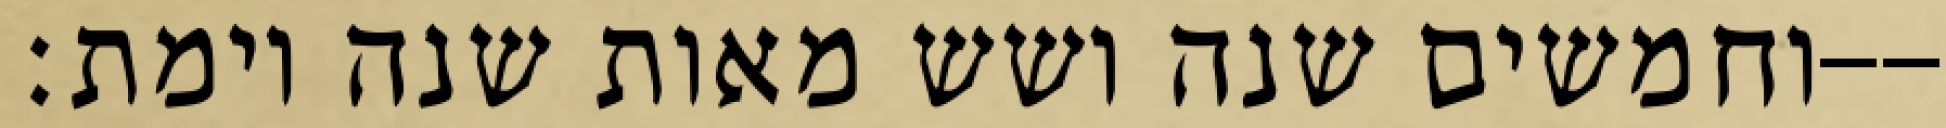
וחמשים שנה ושש מאות שנה וימת׃--